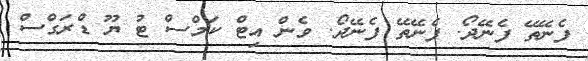
ފެނޭތޭ ފެނޭދޯ. ފެނޭތޭ ފެނޭދޯ. ވެން އިޓް ކަމްސް ޓު ޔޫ ޑްރަގްސް